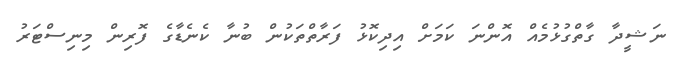
ނަޝީދާ ގާތްގުޅުމެއް އޮންނަ ކަމަށް އިދިކޮޅު ފަރާތްތަކުން ބުނާ ކެނެޑާގެ ފޮރިން މިނިސްޓަރު